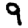
Digit: 9